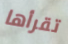
تقرأها